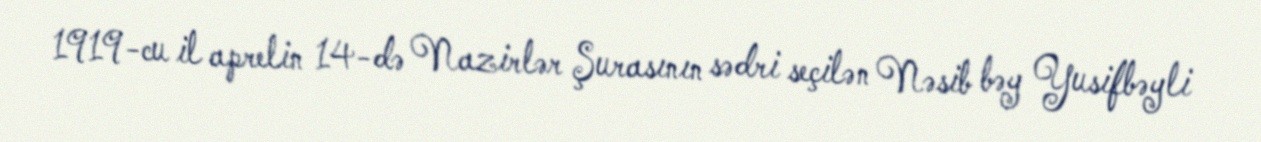
1919-cu il aprelin 14-də Nazirlər Şurasının sədri seçilən Nəsib bəy Yusifbəyli